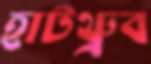
হাটথ্রুব